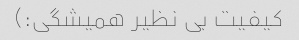
کیفیت بی نظیر همیشگی:)